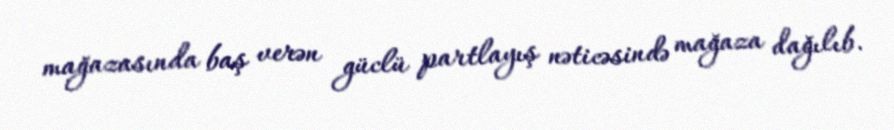
mağazasında baş verən güclü partlayış nəticəsində mağaza dağılıb.